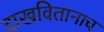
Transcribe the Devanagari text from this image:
दाखवितानाच